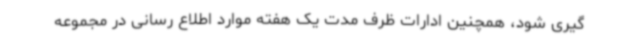
گیری شود، همچنین ادارات ظرف مدت یک هفته موارد اطلاع رسانی در مجموعه